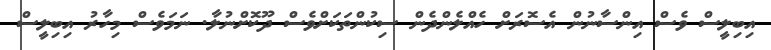
އިބިލީސް ވެސް އިންސާނުން އެސޮރަށް ހެއްލެންދެން ސިކުންތަކަށްވެސް ދޫކޮށްނުލާ. ނަމަވެސް މިހާރު އިބިލީސް